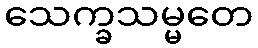
သေက္ခသမ္မတေ